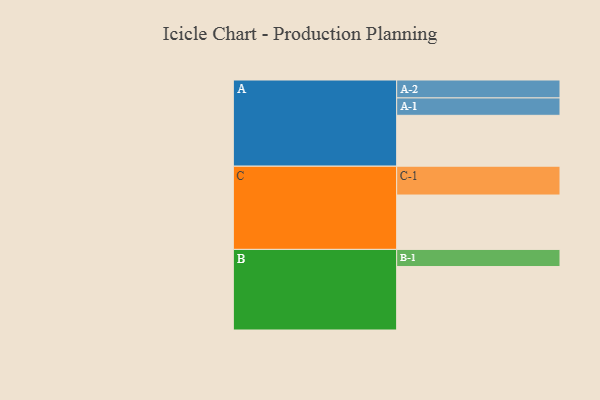
{"axis": {"x": "Segment", "y": "Value"}, "legend": ["", "A", "B", "C"], "data": [{"x": "A", "y": 454, "type": ""}, {"x": "B", "y": 566, "type": ""}, {"x": "C", "y": 485, "type": ""}, {"x": "A-1", "y": 155, "type": "A"}, {"x": "A-2", "y": 160, "type": "A"}, {"x": "B-1", "y": 153, "type": "B"}, {"x": "C-1", "y": 257, "type": "C"}]}